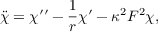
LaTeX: \ddot { \chi } = \chi \prime \prime - \frac { 1 } { r } \chi \prime - \kappa ^ { 2 } F ^ { 2 } \chi ,